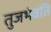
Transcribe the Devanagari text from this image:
तुजभंवति